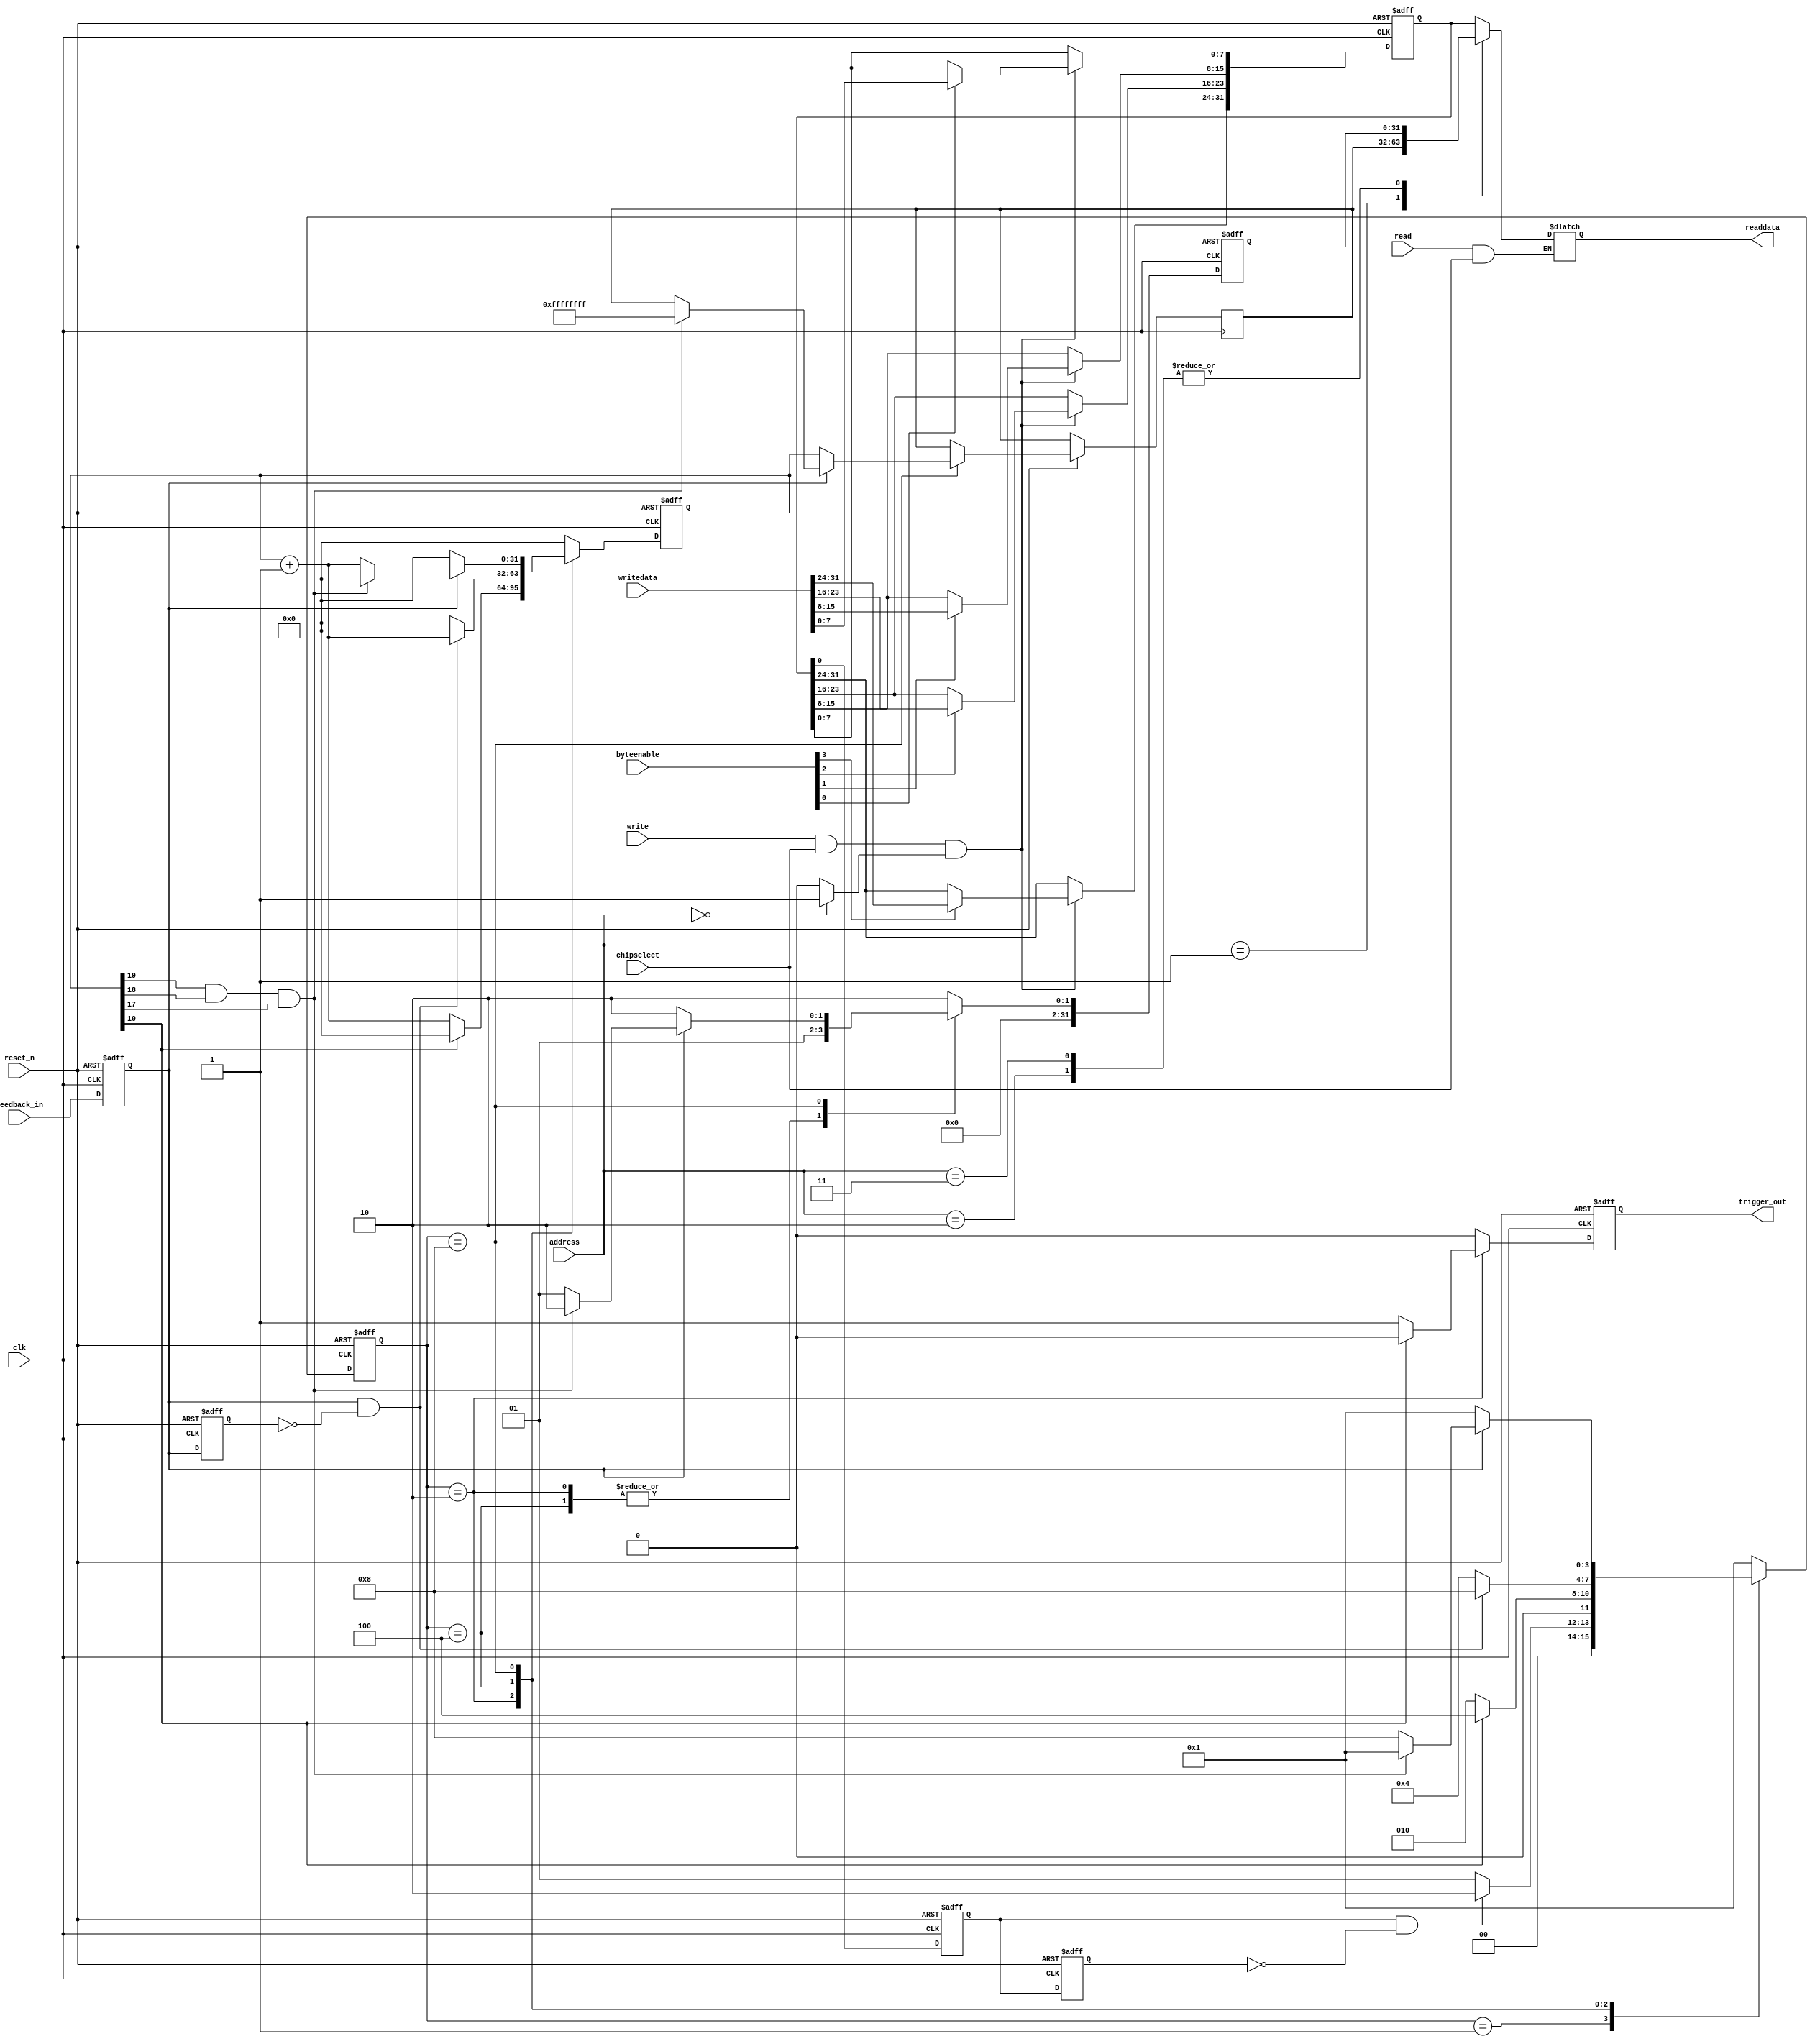
module Ultrasound_interface(clk,reset_n,chipselect,address,write,writedata,read,byteenable,readdata,trigger_out,feedback_in);
parameter idle=4'b0001, trigger=4'b0010, wait_feedback=4'b0100, measure_feedback=4'b1000;
input clk;
input reset_n;
input chipselect;
input [1:0]address; 
input write;  
input [31:0] writedata;  
input read;  
input [3:0] byteenable;  
output reg [31:0] readdata; 
input feedback_in; 
output  reg trigger_out;
reg [31:0] control_reg; 
reg [31:0] distance_count; 
reg [31:0] state_reg; 
reg  control_reg_sel;   
reg  distance_count_sel;   
reg  state_reg_sel; 
reg feedback_in1;
reg feedback_in2;
wire start_bit;
assign start_bit=control_reg[0];
reg trig0, trig1;
reg [31:0] tri_count; 
reg [3:0] state;
always@(posedge clk or negedge reset_n)
	begin 
		if(!reset_n)
			begin
				trig0<=0;
				trig1<=0;
			end
		else
			begin
				trig0<=start_bit;
				trig1<=trig0;
			end
	end
always@(posedge clk or negedge reset_n)
	begin 
		if(!reset_n)
			begin
				feedback_in1<=0;
				feedback_in2<=0;
			end
		else
			begin
				feedback_in1<=feedback_in;
				feedback_in2<=feedback_in1;
			end
	end	
always@(posedge clk or negedge reset_n)
	begin 
		if(!reset_n)
			begin
				state<=idle;
				tri_count<=0;
				trigger_out<=0;
				state_reg<=2;
			end
		else
			begin
				case(state)
					idle:
						begin
							tri_count<=0;
							trigger_out<=0;
							state_reg<=2;
							if(trig0==1&&trig1==0)
								begin
									state<=trigger;
								end
							else
								begin
									state<=idle;
								end
						end
					trigger:
						begin
							state_reg<=1; 
							if(tri_count[10])  
								begin
									trigger_out<=0;
									tri_count<=0;
									state<=wait_feedback;
								end
							else
								begin
									trigger_out<=1;
									tri_count<=tri_count+1;
									state<=trigger;
								end
						end
					wait_feedback:
						begin
							state_reg<=1; 
							trigger_out<=0;
							if(feedback_in1==1&&feedback_in2==0)
								begin
									tri_count<=tri_count+1;
									state<=measure_feedback;
								end
							else
								begin
									state<=wait_feedback;
									tri_count<=0;
								end
						end
					measure_feedback:
						begin
							trigger_out<=0;
							if(feedback_in1==1)
								begin
									if(tri_count[19]&&tri_count[18]&&tri_count[17])
										begin
											distance_count<=-1;
											tri_count<=0;
											state<=idle;
											state_reg<=2;
										end
									else
										begin
											tri_count<=tri_count+1;
											state<=measure_feedback;
											state_reg<=1;
										end
								end
							else
								begin
									distance_count<=tri_count;
									tri_count<=0;
									state<=idle;
									state_reg<=2;
								end
						end
					default:
					   begin
							state<=idle;
							tri_count<=0;
							trigger_out<=0;
							state_reg<=2;
						end
				endcase
			end
	end
always @ (address)  
begin  
	control_reg_sel<=0;   
	distance_count_sel<=0;   
	state_reg_sel<=0; 
    case(address)  
        2'b00:control_reg_sel<=1;  
        2'b01:distance_count_sel<=1;
        2'b10:state_reg_sel<=1;  
		2'b11:state_reg_sel<=1;	
     endcase  
end 
always @ (posedge clk or negedge reset_n)  
begin  
	if(!reset_n)   
		control_reg<=0;  
	else 
		begin
			if(write & chipselect & control_reg_sel)  
				begin  
				if(byteenable[0])  control_reg[7:0]<=writedata[7:0]; 
				if(byteenable[1])  control_reg[15:8]<=writedata[15:8];
				if(byteenable[2])  control_reg[23:16]<=writedata[23:16];
				if(byteenable[3])  control_reg[31:24]<=writedata[31:24];
				end  
		end  
end
always @ (address or read or control_reg or distance_count or state_reg or chipselect)  
begin  
    if(read & chipselect)  
         case(address)  
             2'b00:
				begin
				readdata<=control_reg;
				end				
            2'b01:
				begin
				readdata<=distance_count;
				end				
             2'b10:
				begin
				readdata<=state_reg;
				end				
            2'b11:
				begin
				readdata<=state_reg; 
				end
         endcase   
end
endmodule